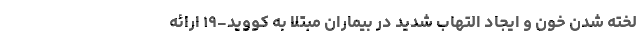
لخته شدن خون و ایجاد التهاب شدید در بیماران مبتلا به کووید-۱۹ ارائه